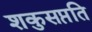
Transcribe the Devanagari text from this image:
शकुसप्तति